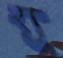
হ্য